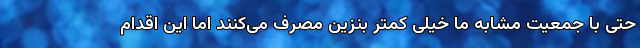
حتی با جمعیت مشابه ما خیلی کمتر بنزین مصرف می‌کنند اما این اقدام